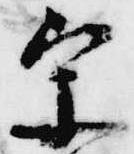
宗